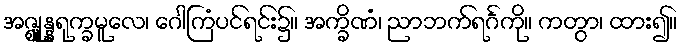
အဇ္ဈူန္နရုက္ခမူလေ၊ ဂေါကြံပင်ရင်း၌။ အက္ခိဏံ၊ ညာဘက်ရင်္ဂကို။ ကတွာ၊ ထား၍။